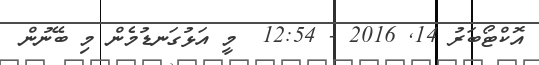
އޮކްޓޯބަރު 14